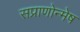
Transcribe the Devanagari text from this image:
सप्राणोन्मेष